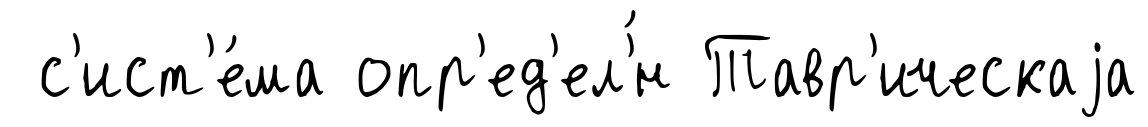
с'ист'е́ма опр'ед'ел'́н Тавр'ическаjа